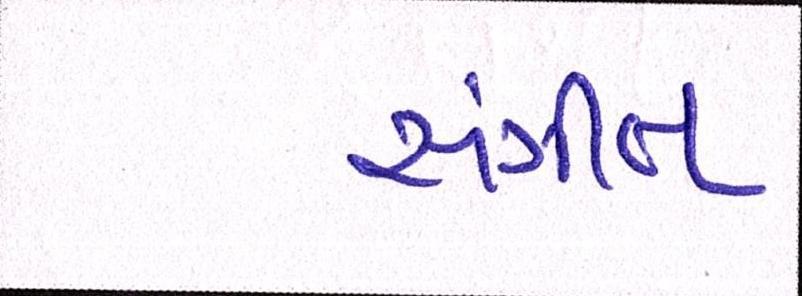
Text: સંગીત